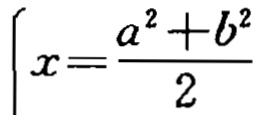
\[

\begin{cases}

x=\frac{a^{2}+b^{2}}{2}

\end{cases}

\]